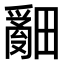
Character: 𤳞